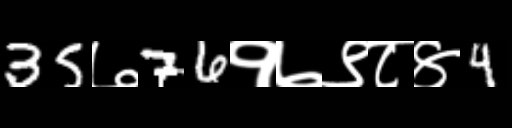
Text: 35७76१७९८४4